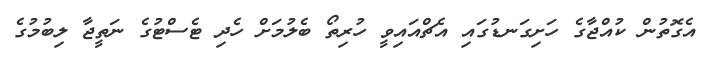
އެގޮތުން ކުއްޖާގެ ހަށިގަނޑުގައި އެޗްއައިވީ ހުރިތޯ ބެލުމަށް ހެދި ޓެސްޓުގެ ނަތީޖާ ލިބުމުގެ